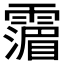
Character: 𩅹